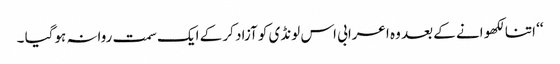
‘‘ اتنا لکھو انے کے بعد وہ اعرابی اس لونڈی کو آزاد کر کے ایک سمت روانہ ہوگیا ۔